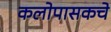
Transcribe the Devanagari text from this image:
कलोपासकचे